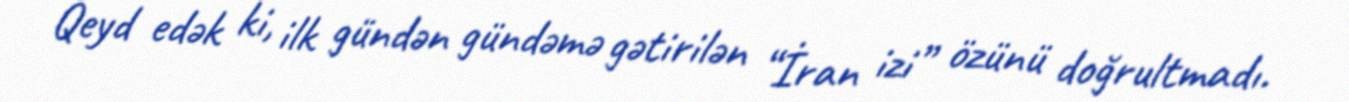
Qeyd edək ki, ilk gündən gündəmə gətirilən “İran izi” özünü doğrultmadı.